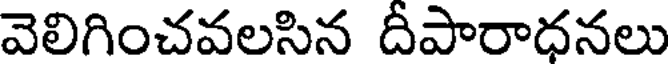
వెలిగించవలసిన దీపారాధనలు